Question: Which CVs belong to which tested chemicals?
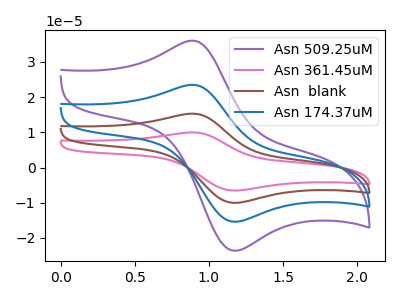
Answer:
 <answer>The purple curve is labeled "Asn 509.25uM". The pink curve is labeled "Asn 361.45uM". The brown curve is labeled "Asn  blank". The blue curve is labeled "Asn 174.37uM".</answer>
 <eval></eval>